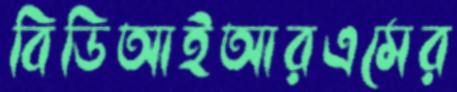
বিডিআইআরএমের